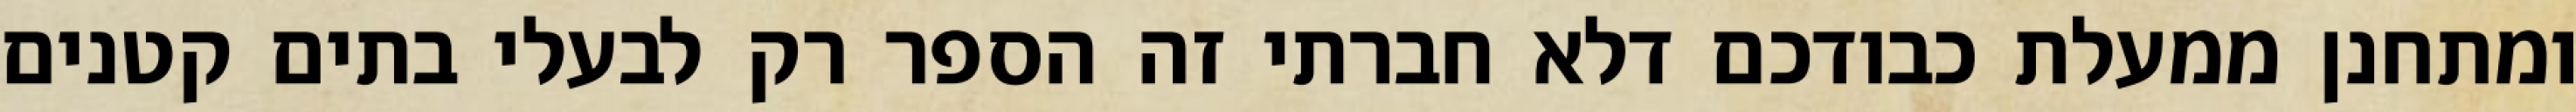
ומתחנן ממעלת כבודכם דלא חברתי זה הספר רק לבעלי בתים קטנים